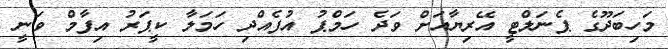
މަހިބަދޫގެ ޕެނަލްޓީ އޭރިޔާއަށް ވަދެ ހަމްޕު އުފެއްދި ހަމަލާ ކީޕަރު އިފާމް ވަނީ